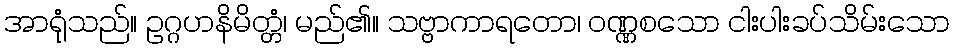
အာရုံသည်။ ဥဂ္ဂဟနိမိတ္တံ၊ မည်၏။ သဗ္ဗာကာရတော၊ ဝဏ္ဏစသော ငါးပါးခပ်သိမ်းသော